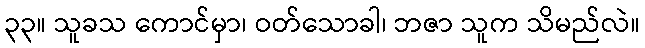
၃၃။ သူခသ ကောင်မှာ၊ ဝတ်သောခါ၊ ဘဇာ သူက သိမည်လဲ။